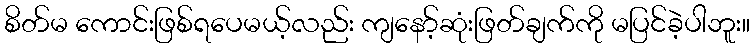
စိတ်မ ကောင်းဖြစ်ရပေမယ့်လည်း ကျနော့်ဆုံးဖြတ်ချက်ကို မပြင်ခဲ့ပါဘူး။